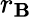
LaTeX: r_{\mathbf{B}}